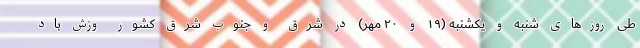
طی روزهای شنبه و یکشنبه (۱۹ و ۲۰ مهر) در شرق و جنوب شرق کشور وزش باد